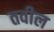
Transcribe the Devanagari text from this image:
तवील